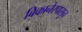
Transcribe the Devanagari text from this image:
बिकानेरपासुन